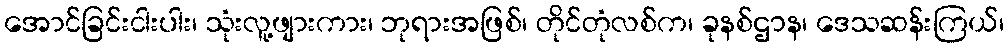
အောင်ခြင်းငါးပါး၊ သုံးလူ့ဖျားကား၊ ဘုရားအဖြစ်၊ တိုင်တုံလစ်က၊ ခုနစ်ဌာန၊ ဒေသဆန်းကြယ်၊